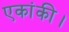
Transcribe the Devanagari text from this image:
एकांकी।